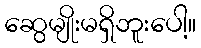
ဆွေမျိုးမရှိဘူးပေါ့။